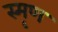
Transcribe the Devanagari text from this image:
स्मृण